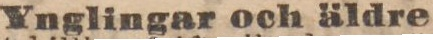
Ynglingar och äldre